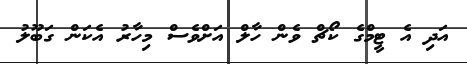
އަދި އެ ޓީމްގެ ކޯޗް ވެން ހާލް އަށްވެސް މިހާރު އެކަން ގަބޫލު